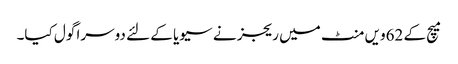
میچ کے 62ویں منٹ میں ریجز نے سیویا کے لئے دوسرا گول کیا۔